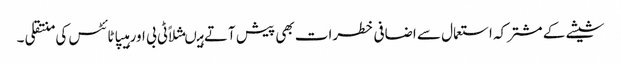
شیشے کے مشترکہ استعمال سے اضافی خطرات بھی پیش آتے ہیںمثلاًٹی بی اور ہیپاٹائٹس کی منتقلی ۔